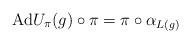
LaTeX: \begin{align*} {\rm Ad} U_{\pi}(g)\circ\pi=\pi\circ\alpha_{L(g)}\end{align*}